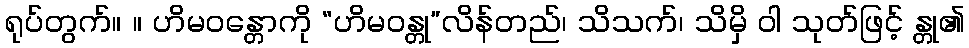
ရုပ်တွက်။ ။ ဟိမဝန္တောကို “ဟိမဝန္တု”လိန်တည်၊ သိသက်၊ သိမှိ ဝါ သုတ်ဖြင့် န္တု၏